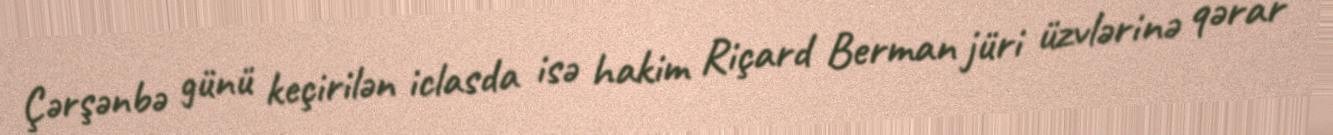
Çərşənbə günü keçirilən iclasda isə hakim Riçard Berman jüri üzvlərinə qərar